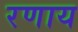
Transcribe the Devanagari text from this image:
रणाय